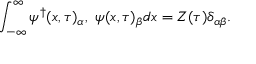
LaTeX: \int _ { - \infty } ^ { \infty } { \psi ^ { \dag } } ( x , \tau ) _ { \alpha } , \ \psi ( x , \tau ) _ { \beta } d x = Z ( \tau ) \delta _ { \alpha \beta } .